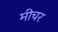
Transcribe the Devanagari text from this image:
मीचर